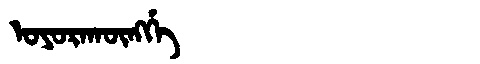
Manchu: ᠣᠶᠣᡵᠠᡴᡡᠩᡤᡝ
Romanization: OYORAKŪNGGE